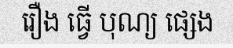
រឿង ធ្វើ បុណ្យ ផ្សេង